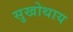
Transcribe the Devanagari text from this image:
सुखोथाय